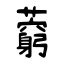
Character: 藭